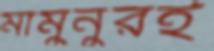
মামুনুরই